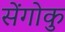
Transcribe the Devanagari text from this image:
सेंगोकु